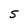
Character: S